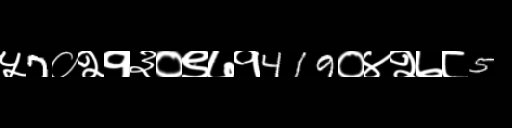
Text: ५7०२१३०९७१419०४२७८5